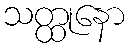
သတ္ထုနော